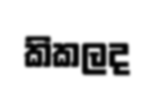
කිකලද